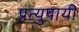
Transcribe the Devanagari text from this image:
प्रत्युपायी